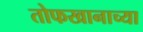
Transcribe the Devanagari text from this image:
तोफखानाच्या